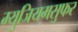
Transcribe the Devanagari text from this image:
म्युजियमसुफर